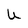
Character: U